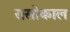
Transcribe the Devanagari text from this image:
रासोकाल